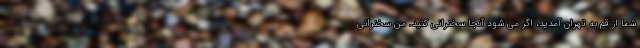
شما از قم به تهران آمدید، اگر می شود آنجا سخنرانی کنید. من سخنرانی